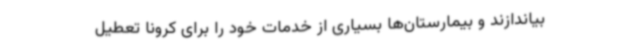
بیاندازند و بیمارستان‌ها بسیاری از خدمات خود را برای کرونا تعطیل